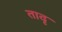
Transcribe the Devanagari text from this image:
तादृ